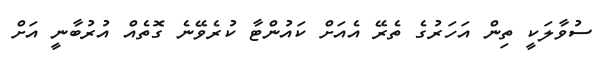
ސުވާލަކީ ތިން އަހަރުގެ ތެރޭ އެއަށް ކައުންޓާ ކުރެވޭނެ ގޮތެއް އުރުބާނީ އަށް